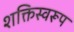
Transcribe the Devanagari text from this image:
शक्तिस्वरूप